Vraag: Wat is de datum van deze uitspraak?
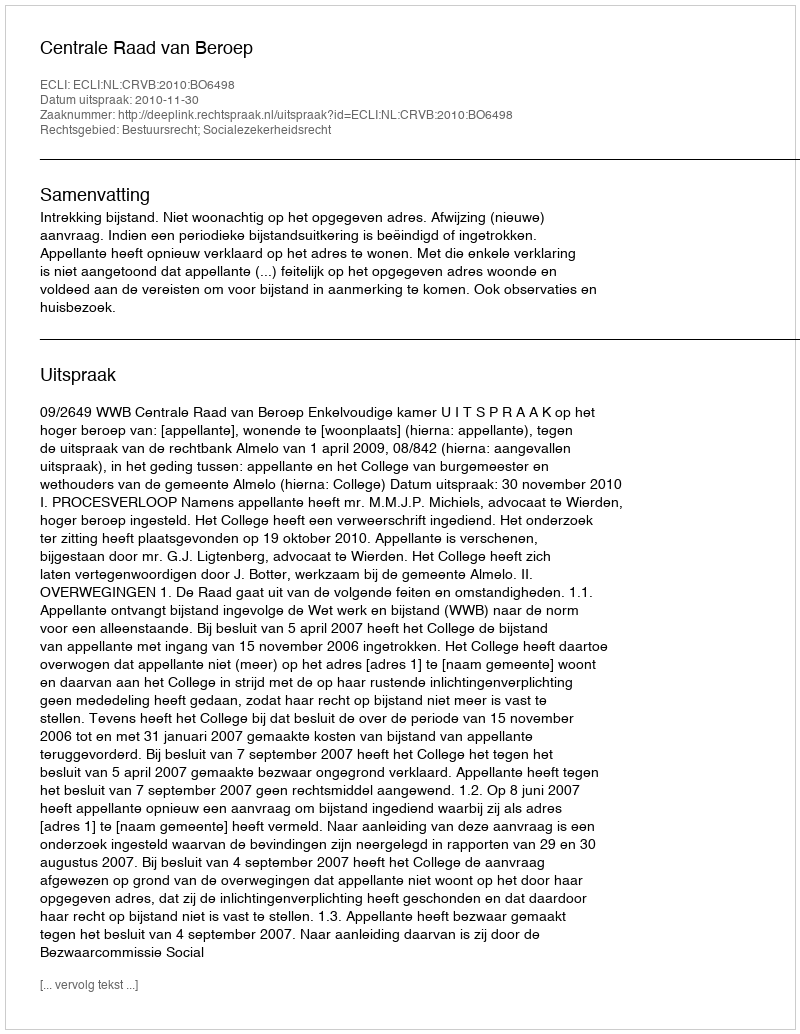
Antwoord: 2010-11-30